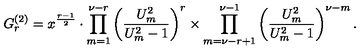
G _ { r } ^ { ( 2 ) } = x ^ { \frac { r - 1 } { 2 } } \cdot \prod _ { m = 1 } ^ { \nu - r } \left( \frac { U _ { m } ^ { 2 } } { U _ { m } ^ { 2 } - 1 } \right) ^ { r } \times \prod _ { m = \nu - r + 1 } ^ { \nu - 1 } \left( \frac { U _ { m } ^ { 2 } } { U _ { m } ^ { 2 } - 1 } \right) ^ { \nu - m } .